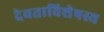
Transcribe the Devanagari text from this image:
देवताविशेषस्य